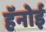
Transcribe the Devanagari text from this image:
हॅनोई